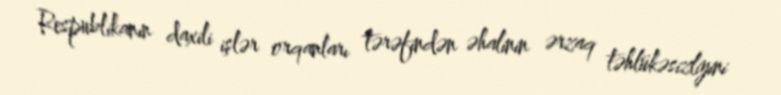
Respublikanın daxili işlər orqanları tərəfindən əhalinin ərzaq təhlükəsizliyini